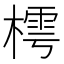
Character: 樗